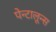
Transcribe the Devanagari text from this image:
पेन्टालून्स